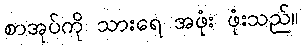
စာအုပ်ကို သားရေ အဖုံး ဖုံးသည်။